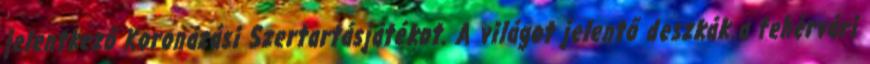
jelentkező Koronázási Szertartásjátékot. A világot jelentő deszkák a fehérvári